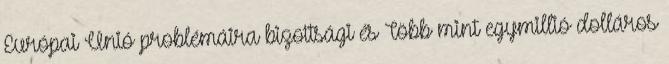
Európai Unió problémáira bizottsági és Több mint egymillió dolláros